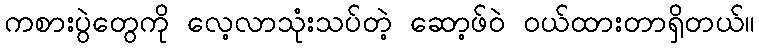
ကစားပွဲတွေကို လေ့လာသုံးသပ်တဲ့ ဆော့ဖ်ဝဲ ဝယ်ထားတာရှိတယ်။